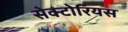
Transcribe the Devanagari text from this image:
सेक्टोरियस